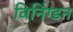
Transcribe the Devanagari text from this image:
विनिंग्डन